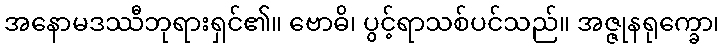
အနောမဒဿီဘုရားရှင်၏။ ဗောဓိ၊ ပွင့်ရာသစ်ပင်သည်။ အဇ္ဇုနရုက္ခော၊